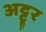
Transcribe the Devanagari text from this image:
अट्टूर